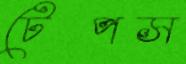
টেপস